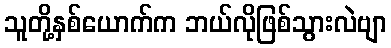
သူတို့နှစ်ယောက်က ဘယ်လိုဖြစ်သွားလဲဗျာ